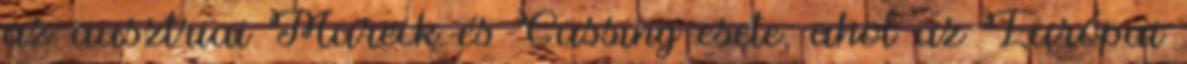
az ausztriai Mureck és Güssing esete, ahol az Európai